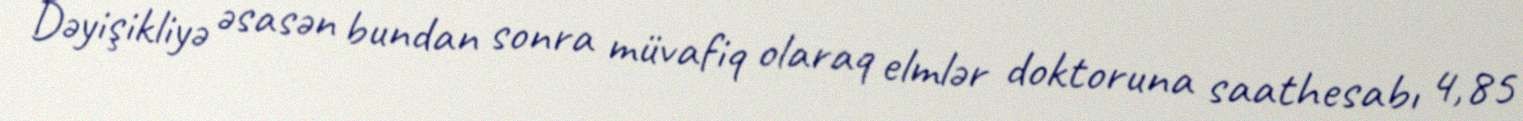
Dəyişikliyə əsasən bundan sonra müvafiq olaraq elmlər doktoruna saathesabı 4,85